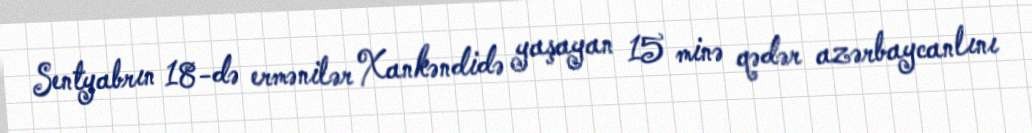
Sentyabrın 18-də ermənilər Xankəndidə yaşayan 15 minə qədər azərbaycanlını